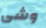
وشى